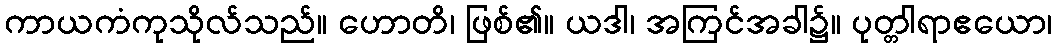
ကာယကံကုသိုလ်သည်။ ဟောတိ၊ ဖြစ်၏။ ယဒါ၊ အကြင်အခါ၌။ ပုတ္တါရာဧယော၊